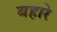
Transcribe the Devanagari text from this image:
बहारे